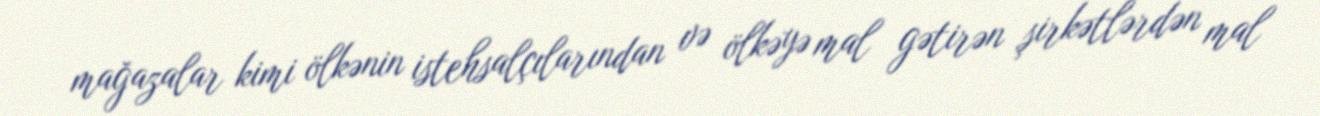
mağazalar kimi ölkənin istehsalçılarından və ölkəyə mal gətirən şirkətlərdən mal